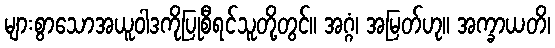
များစွာသောအယူဝါဒကိုပြုစီရင်သူတို့တွင်။ အဂ္ဂံ၊ အမြတ်ဟု။ အက္ခာယတိ၊